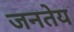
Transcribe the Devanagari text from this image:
जनतेय